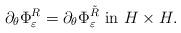
LaTeX: \begin{align*}\partial_{\theta} \Phi_{\varepsilon}^{R} = \partial_{\theta} \Phi_{\varepsilon}^{\tilde{R}} \mbox{ in } H \times H.\end{align*}